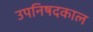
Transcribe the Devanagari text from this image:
उपनिषदकाल